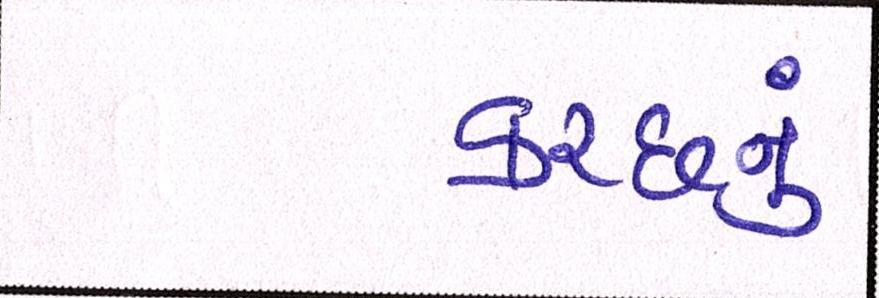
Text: કચ્છનું